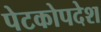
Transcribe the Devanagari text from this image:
पेटकोपदेश